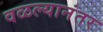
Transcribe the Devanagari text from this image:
वळल्यानंतर